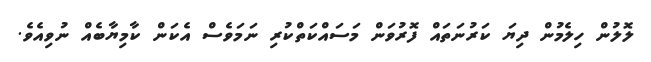
ލޮލުން ހިލެމުން ދިޔަ ކަރުނަތައް ފޮރުވަން މަސައްކަތްކުރި ނަމަވެސް އެކަން ކާމިޔާބެއް ނުވިއެވެ.